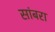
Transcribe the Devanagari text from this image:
सांबरा